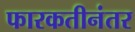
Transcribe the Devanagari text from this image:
फारकतीनंतर